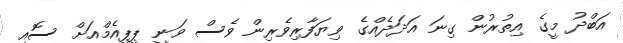
އަބްދު މީގެ އިތުރުން ގިނަ އަދަދެއްގެ ވިޔަފާރިވެރިން ވެސް ވަނީ ޕީޕީއެމްއަށް ސޮއި